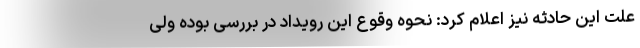
علت این حادثه نیز اعلام کرد: نحوه وقوع این رویداد در بررسی بوده ولی